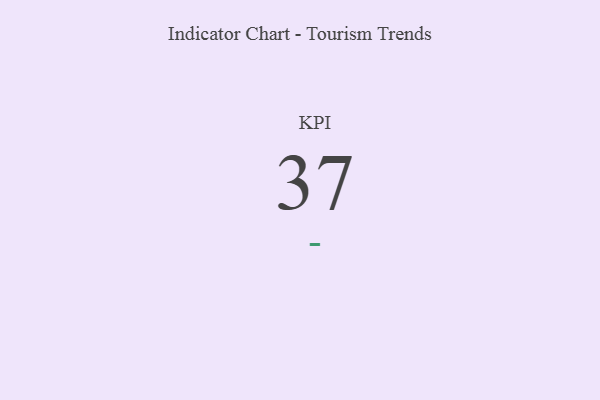
{"axis": {"x": "KPI", "y": "Value"}, "legend": [""], "data": [{"x": "KPI", "y": 37, "type": ""}]}